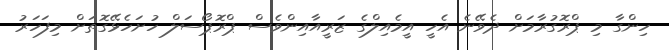
ހިންގާ މި ޕްރޮގުރާމަށް ދެވޭނެ އެހީ އީމެއިލްގެ ޒަރީއާއިންވެސް ޕްރޮޕޯސަލް ހުށަހެޅޭގޮތަށް މިފަހަރު